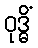
ဝုဒ္ဓိံ